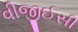
વીજીઈસી